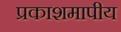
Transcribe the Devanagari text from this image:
प्रकाशमापीय